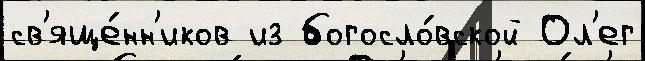
св'яще́нн'иков из богосло́вской Ол'ег